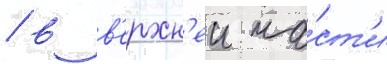
/ в в'ерхн'еи ча́ст'и